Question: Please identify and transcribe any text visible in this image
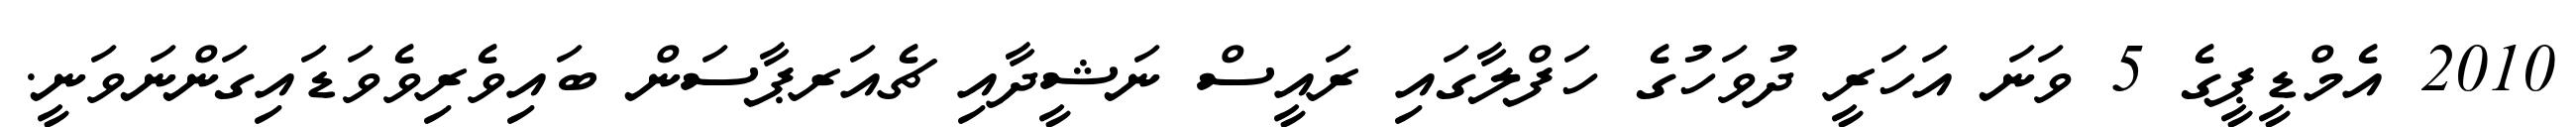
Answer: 2010 އެމްޑީޕީގެ 5 ވަނަ އަހަރީ ދުވަހުގެ ހަފްލާގައި ރައީސް ނަޝީދާއި ޗެއަރޕާސަން ބައިވެރިވެވަޑައިގަންނަވަނީ.